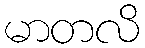
မာတလိ